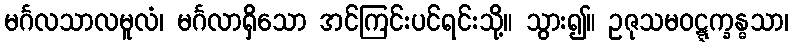
မင်္ဂလသာလမူလံ၊ မင်္ဂလာရှိသော အင်ကြင်းပင်ရင်းသို့။ သွား၍။ ဥဇုသမဝဋ္ဋက္ခန္ဓသာ၊